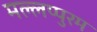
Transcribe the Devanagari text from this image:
मल्लप्पुरम